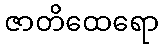
ဇာတိထေရော